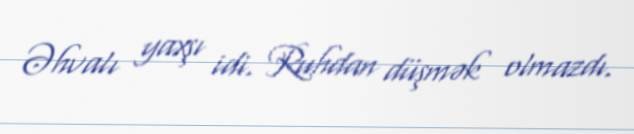
Əhvalı yaxşı idi. Ruhdan düşmək olmazdı.